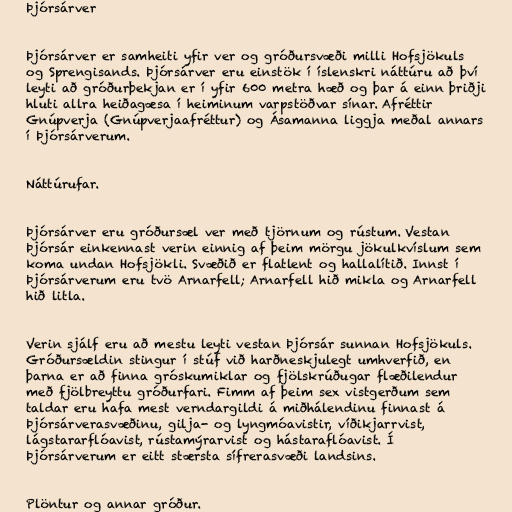
Þjórsárver

Þjórsárver er samheiti yfir ver og gróðursvæði milli Hofsjökuls
og Sprengisands. Þjórsárver eru einstök í íslenskri náttúru að því
leyti að gróðurþekjan er í yfir 600 metra hæð og þar á einn þriðji
hluti allra heiðagæsa í heiminum varpstöðvar sínar. Afréttir
Gnúpverja (Gnúpverjaafréttur) og Ásamanna liggja meðal annars
í Þjórsárverum.

Náttúrufar.

Þjórsárver eru gróðursæl ver með tjörnum og rústum. Vestan
Þjórsár einkennast verin einnig af þeim mörgu jökulkvíslum sem
koma undan Hofsjökli. Svæðið er flatlent og hallalítið. Innst í
Þjórsárverum eru tvö Arnarfell; Arnarfell hið mikla og Arnarfell
hið litla.

Verin sjálf eru að mestu leyti vestan Þjórsár sunnan Hofsjökuls.
Gróðursældin stingur í stúf við harðneskjulegt umhverfið, en
þarna er að finna gróskumiklar og fjölskrúðugar flæðilendur
með fjölbreyttu gróðurfari. Fimm af þeim sex vistgerðum sem
taldar eru hafa mest verndargildi á miðhálendinu finnast á
Þjórsárverasvæðinu, gilja- og lyngmóavistir, víðikjarrvist,
lágstararflóavist, rústamýrarvist og hástaraflóavist. Í
Þjórsárverum er eitt stærsta sífrerasvæði landsins.

Plöntur og annar gróður.